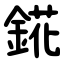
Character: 錵